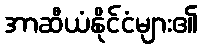
အာဆီယံနိုင်ငံများ၏